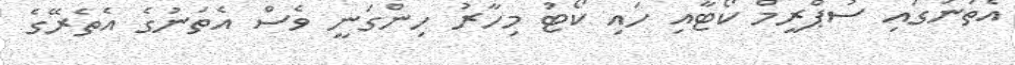
އެތަނުގައި ސުޕްރީމް ކޯޓާއި ހައި ކޯޓު މިހާރު ހިންގަނީ ވެސް އެތަނުގެ އެތެރޭގެ